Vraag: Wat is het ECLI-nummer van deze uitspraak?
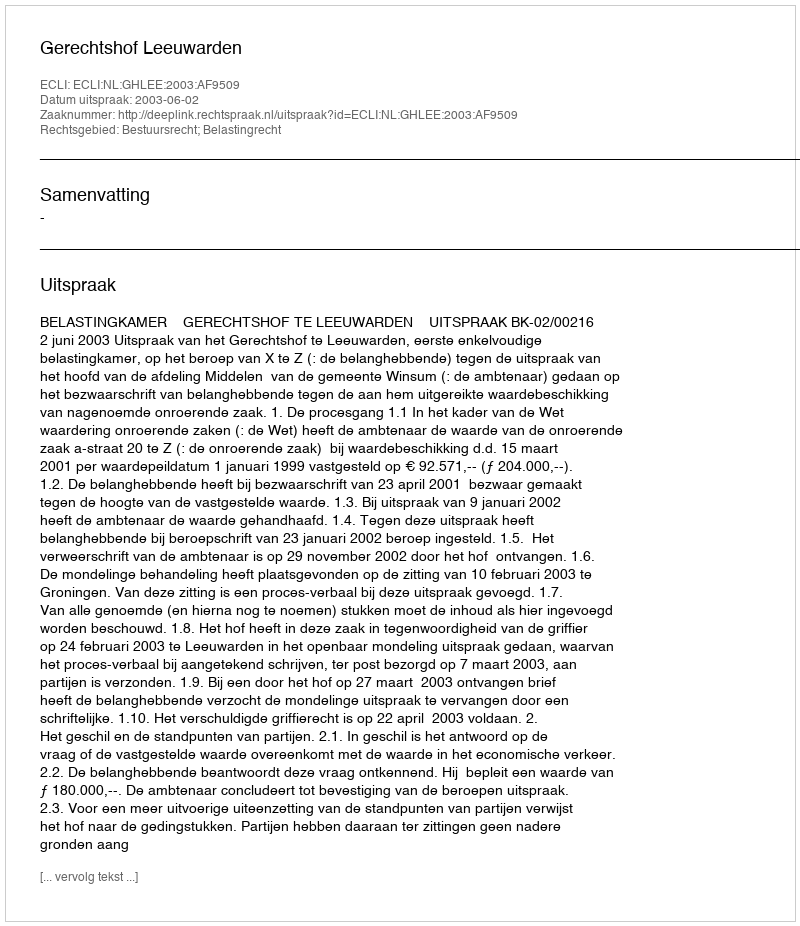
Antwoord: ECLI:NL:GHLEE:2003:AF9509